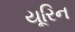
યૂરિન